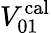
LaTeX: V_{01}^{\mathrm{cal}}